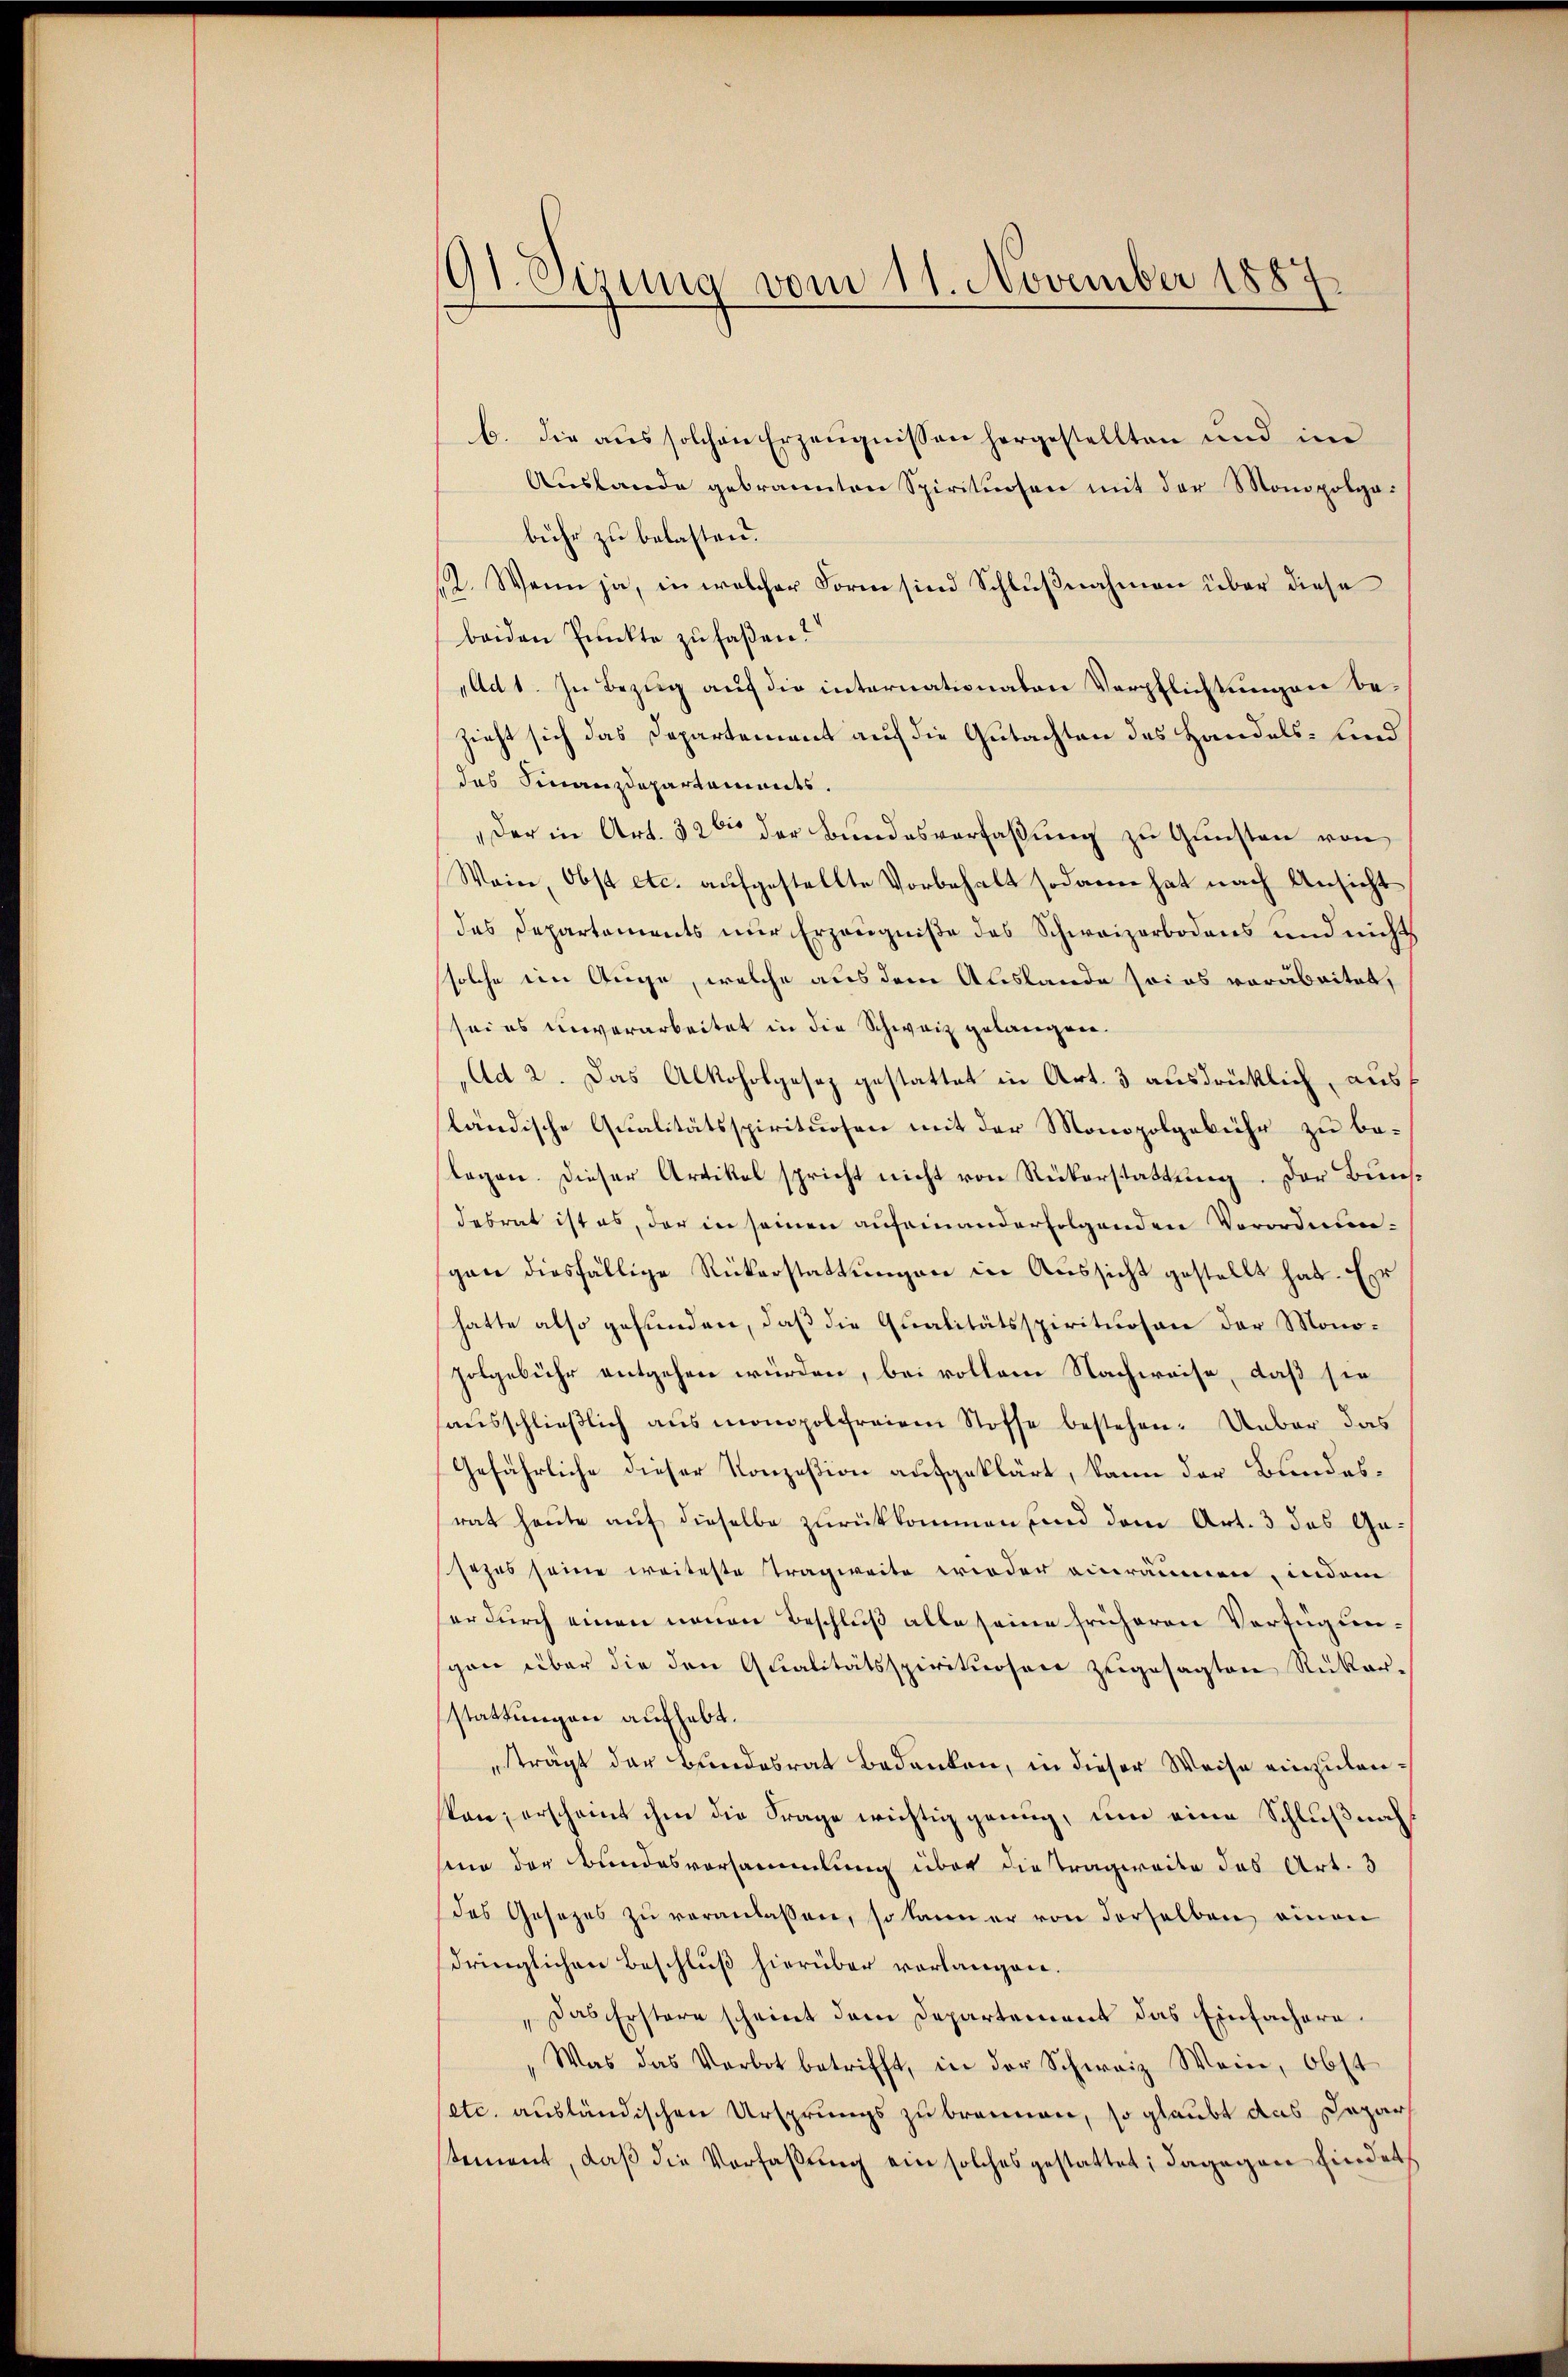
G1. Serena vom 11. November 1887

b. die aus solchen Erzeugnissen hergestellten und im
Aŭslande gebrannten Spirituosen mit der Monopolgabuhr zu belasten.
12. Wenn ja, in welcher Form sind Schlußnahmen über diese
beiden Punkte zu faßen?
„Ad 1. In Bezug auf die internationalen Verpflichtungen be-
zieht sich das Departement auf die Gutachten des Handels- und
das Finanzdepartaments.
Der in Art. 32 der Bundesverfaßung zu Gunsten von
Wein, Obst etc. aufgestellte Vorbehalt sodann hat nach Ansicht
das Departements nur Erzeugniße des Schweizerbodens und nicht
solche ein Auge, welche aus dem Auslande soi es vorabeitet,
sei es unverarbeitet in die Schweiz gelangen.
„Ad 2. Das Alkoholgesez gestattet in Art. 3 ausdrücklich, ausf
ländische Qualitätsspirituosen mit der Monopolgebühr zu belagen. Dieser Artikel spricht nicht von Rükerstattung. Der Bunsdebrat ist es, der in seinen aufeinanderfolgenden Verordnungan diesfällige Rükerstattungen in Aussicht gestellt hat. Er
hatte also gefunden, daß die Qualitätsspirituosen der Monoholgebühr entgehen würden, bei vollem Nachweise, daß sie
haŭsschlieβlich aus monopolfreiem Stoffe bestehen. Unbar das
Gefährliche dieser Konzesion aufgeklärt, kann der Bundesrat heute auf dieselbe zurückkommen sind dem Art. 3 das Gesezes seine weiteste Tragweite wieder einräumen, indem
her durch einen neuen Beschluß alle seine früheren Verfügunsgon über die den Qualitätsspirituosen zugesagten Rükarstattungen aufhebt.
trägt der Bundesrat Bedanken, in dieser Weise einzulankon, erscheint ihm die Frage wichtig genug, um eine Schlußnah
sinn der Bundesvorsammlung über die Tragweite das Art. 3
des Gesezes zŭ veranlassen, so kann er von derselben einen
dringlichen Beschluß hierüber verlangen.
Das Erstere scheint dem Departement das Einfachere¬
Was das Verbot betrifft, in der Schweiz Wein, Obst
setc. ausländischen Ursprungs zu brennen, so glaubt das Depart
stement, daβ die Vorfaβŭng ein solches gestattet; dagegen findet